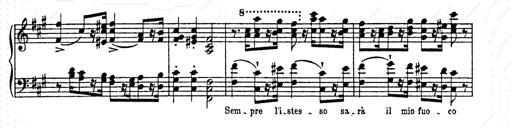
Title: AnnÃ©es de pÃ¨lerinage II
Composer: Franz Liszt